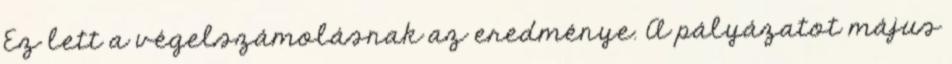
Ez lett a végelszámolásnak az eredménye. A pályázatot május